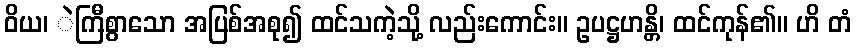
ဝိယ၊ ဲကြီစွာသော အပြစ်အစု၍ ထင်သကဲ့သို့ လည်းကောင်း။ ဥပဋ္ဌဟန္တိ၊ ထင်ကုန်၏။ ဟိ တံ